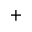
+